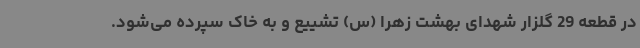
در قطعه 29 گلزار شهدای بهشت زهرا (س) تشییع و به خاک سپرده می‌شود.